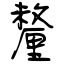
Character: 釐